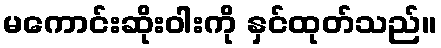
မကောင်းဆိုးဝါးကို နှင်ထုတ်သည်။